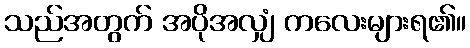
သည်အတွက် အပိုအလျှံ ကလေးများရ၏။